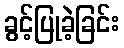
ခွင့်ပြုခဲ့ခြင်း